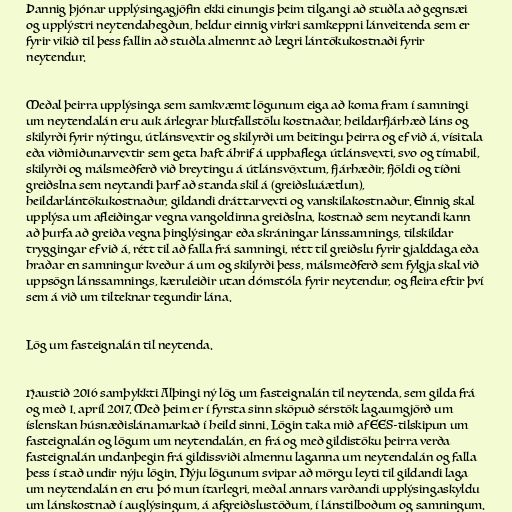
Þannig þjónar upplýsingagjöfin ekki einungis þeim tilgangi að stuðla að gegnsæi
og upplýstri neytendahegðun, heldur einnig virkri samkeppni lánveitenda sem er
fyrir vikið til þess fallin að stuðla almennt að lægri lántökukostnaði fyrir
neytendur.

Meðal þeirra upplýsinga sem samkvæmt lögunum eiga að koma fram í samningi
um neytendalán eru auk árlegrar hlutfallstölu kostnaðar, heildarfjárhæð láns og
skilyrði fyrir nýtingu, útlánsvextir og skilyrði um beitingu þeirra og ef við á, vísitala
eða viðmiðunarvextir sem geta haft áhrif á upphaflega útlánsvexti, svo og tímabil,
skilyrði og málsmeðferð við breytingu á útlánsvöxtum, fjárhæðir, fjöldi og tíðni
greiðslna sem neytandi þarf að standa skil á (greiðsluáætlun),
heildarlántökukostnaður, gildandi dráttarvexti og vanskilakostnaður. Einnig skal
upplýsa um afleiðingar vegna vangoldinna greiðslna, kostnað sem neytandi kann
að þurfa að greiða vegna þinglýsingar eða skráningar lánssamnings, tilskildar
tryggingar ef við á, rétt til að falla frá samningi, rétt til greiðslu fyrir gjalddaga eða
hraðar en samningur kveður á um og skilyrði þess, málsmeðferð sem fylgja skal við
uppsögn lánssamnings, kæruleiðir utan dómstóla fyrir neytendur, og fleira eftir því
sem á við um tilteknar tegundir lána.

Lög um fasteignalán til neytenda.

Haustið 2016 samþykkti Alþingi ný lög um fasteignalán til neytenda, sem gilda frá
og með 1. apríl 2017. Með þeim er í fyrsta sinn sköpuð sérstök lagaumgjörð um
íslenskan húsnæðislánamarkað í heild sinni. Lögin taka mið af EES-tilskipun um
fasteignalán og lögum um neytendalán, en frá og með gildistöku þeirra verða
fasteignalán undanþegin frá gildissviði almennu laganna um neytendalán og falla
þess í stað undir nýju lögin. Nýju lögunum svipar að mörgu leyti til gildandi laga
um neytendalán en eru þó mun ítarlegri, meðal annars varðandi upplýsingaskyldu
um lánskostnað í auglýsingum, á afgreiðslustöðum, í lánstilboðum og samningum.